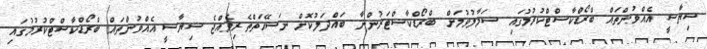
ސިޔާސީ އެއްވުންތައް ބްރޯޑްކާސްޓްކުރުމުގައި ސަމާލުވުމަށް ބްރޯޑްކާސްޓަރުންނާ ބައްދަލުކޮށް ނަސޭޙަތްތެރިވެއްޖެ ސިޔާސީ އެއްވުންތައް ބްރޯޑްކާސްޓްކުރުމުގައި